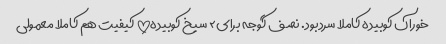
خوراک کوبیده کاملا سردبود. نصف گوجه برای۲ سیخ کوبیده!!! کیفیت هم کاملا معمولی